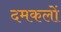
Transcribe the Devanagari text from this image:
दमकलों